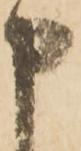
申